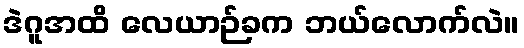
ဒဲဂူအထိ လေယာဉ်ခက ဘယ်လောက်လဲ။